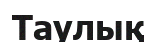
Таулық